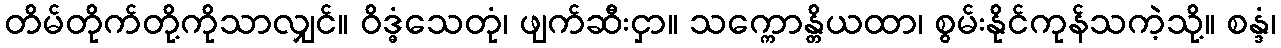
တိမ်တိုက်တို့ကိုသာလျှင်။ ဝိဒ္ဓံသေတုံ၊ ဖျက်ဆီးငှာ။ သက္ကောန္တိယထာ၊ စွမ်းနိုင်ကုန်သကဲ့သို့။ စန္ဒံ၊